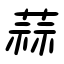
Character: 蒜